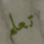
تعلم